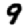
Digit: 9